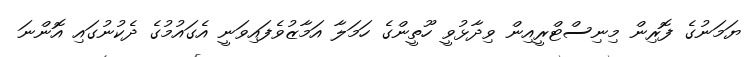
ޔަމަނުގެ ފޮރިން މިނިސްޓްރީއިން ވިދާޅުވީ ހޫތީންގެ ހަމަލާ އަމާޒުވެފައިވަނީ އެގައުމުގެ ދެކުނުގައި އޮންނަ